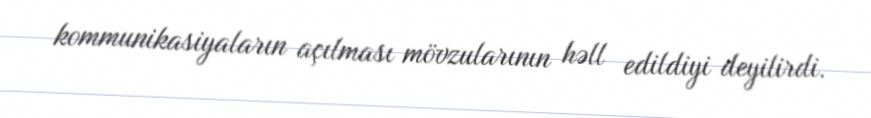
kommunikasiyaların açılması mövzularının həll edildiyi deyilirdi.